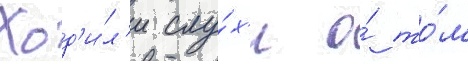
Ход'и́л'и слу́х'и о́ то́м